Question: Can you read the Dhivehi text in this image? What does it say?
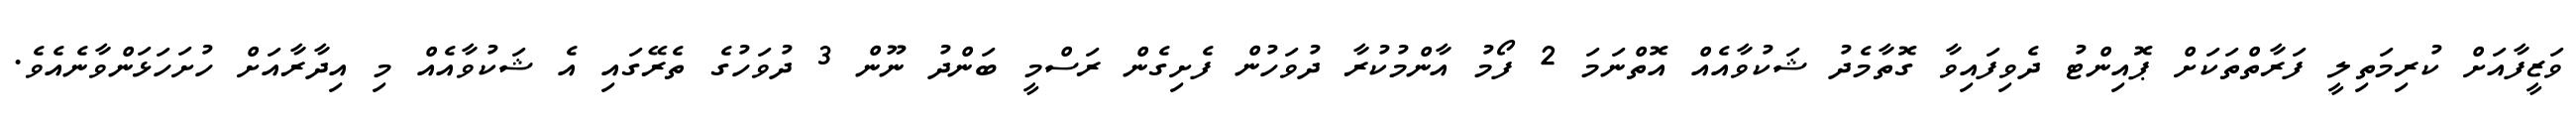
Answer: ވަޒީފާއަށް ކުރިމަތިލީ ފަރާތްތަކަށް ޕޮއިންޓު ދެވިފައިވާ ގޮތާމެދު ޝަކުވާއެއް އޮތްނަމަ 2 ފޯމު އާންމުކުރާ ދުވަހުން ފެށިގެން ރަސްމީ ބަންދު ނޫން 3 ދުވަހުގެ ތެރޭގައި އެ ޝަކުވާއެއް މި އިދާރާއަށް ހުށަހަޅަންވާނެއެވެ.